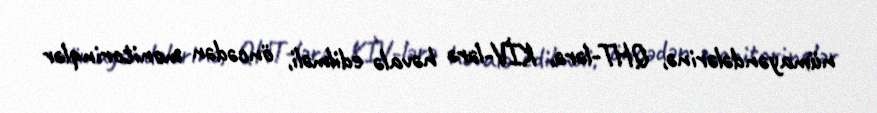
nümayəndələrinə, QHT-lərə, KİV-lərə həvalə edilməli, öncədən monitorinqlər